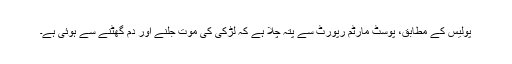
پولیس کے مطابق، پوسٹ مارٹم رپورٹ سے پتہ چلا ہے کہ لڑکی کی موت جلنے اور دم گھٹنے سے ہوئی ہے۔